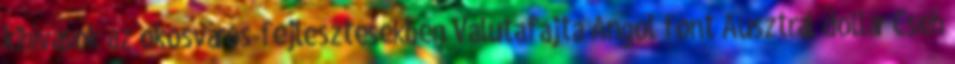
kihívások az okosváros-fejlesztésekben Valutafajta Angol font Ausztrál dollár Cseh